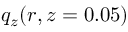
q _ { z } ( r , z = 0 . 0 5 )